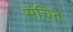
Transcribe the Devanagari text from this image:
संचिते